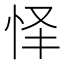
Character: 怿